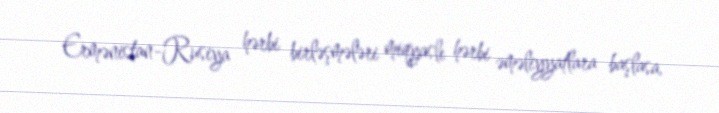
Ermənistan-Rusiya hərbi birləşmələri miqyaslı hərbi əməliyyatlara başlasa,